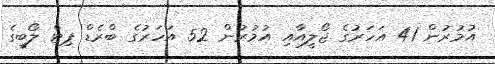
އުމުރުން 41 އަހަރުގެ ޖޯލީއާއި އުމުރުން 52 އަހަރުގެ ބްރެޑް ޕިޓް ލޯބީގެ